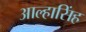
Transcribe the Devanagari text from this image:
आल्हासिंह